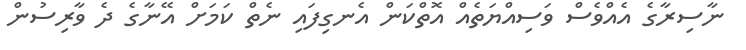
ނާސިރާގެ އެއްވެސް ވަސިއްޔަތެއް އޮތްކަން އެނގިފައި ނެތް ކަމަށް އޭނާގެ ދެ ވާރިސުން